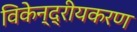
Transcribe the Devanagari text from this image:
विकेन्द्रीयकरण